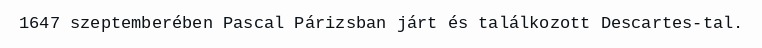
1647 szeptemberében Pascal Párizsban járt és találkozott Descartes-tal.